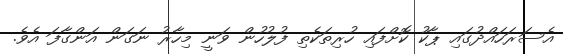
އެސަރަހައްދުގައި ޕާކު ކޮށްފައި ހުރިތަކެތި ފުލުހުން ވަނީ މިހާރު ނަގަން އަންގާފަ އެވެ.